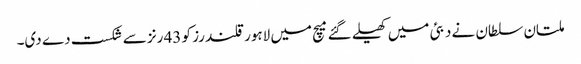
ملتان سلطان نے دبئی میں کھیلے گئے میچ میں لاہور قلندرز کو 43 رنز سے شکست دے دی۔